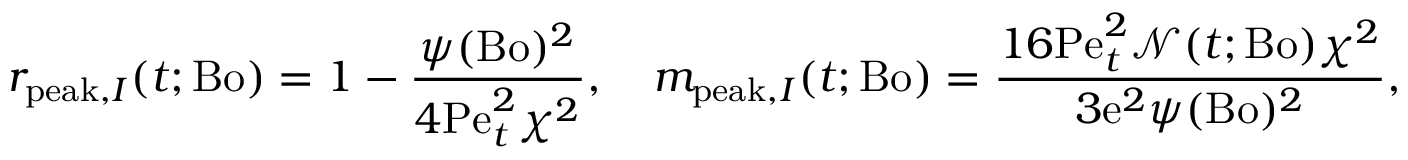
r _ { \mathrm { p e a k } , I } ( t ; \mathrm { B o } ) = 1 - \frac { \psi ( \mathrm { B o } ) ^ { 2 } } { 4 \mathrm { P e } _ { t } ^ { 2 } \chi ^ { 2 } } , \quad m _ { \mathrm { p e a k } , I } ( t ; \mathrm { B o } ) = \frac { 1 6 \mathrm { P e } _ { t } ^ { 2 } \mathcal { N } ( t ; \mathrm { B o } ) \chi ^ { 2 } } { 3 \mathrm { e } ^ { 2 } \psi ( \mathrm { B o } ) ^ { 2 } } ,